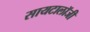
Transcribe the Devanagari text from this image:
सायटालॉजी